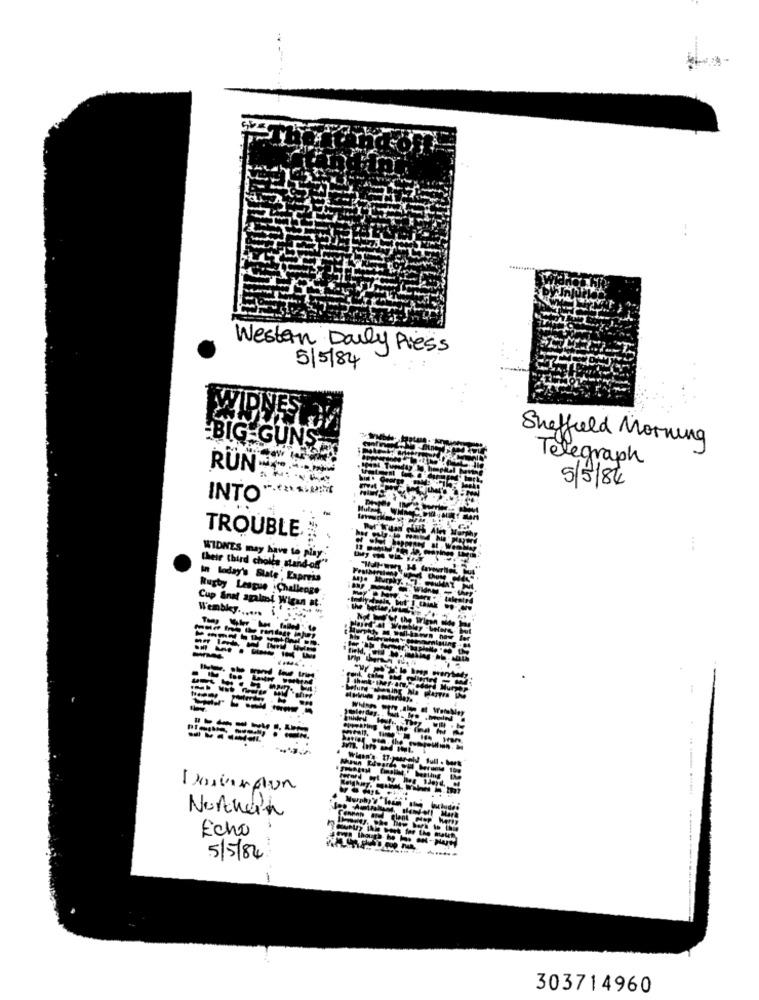
Western Daily Press
5/5/84
Sheffield Morning
BIG GUNS
Telegraph
RUN --...
5/5/86
INTO"
TROUBLE.
WIDNES may have to play"
their third cholls sand-off"
In today's State', Lapress
Rugby League .Challenge
Cup Snat apalmol Wigan at.
Wembley ...... .
--
-
Northern
Echo
5/5/84
1
303714960